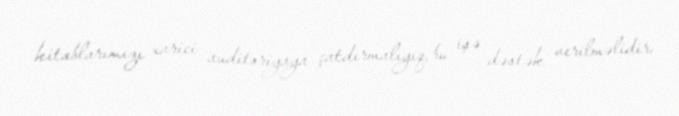
kitablarımızı xarici auditoriyaya çatdırmalıyıq, bu işə dəstək verilməlidir.